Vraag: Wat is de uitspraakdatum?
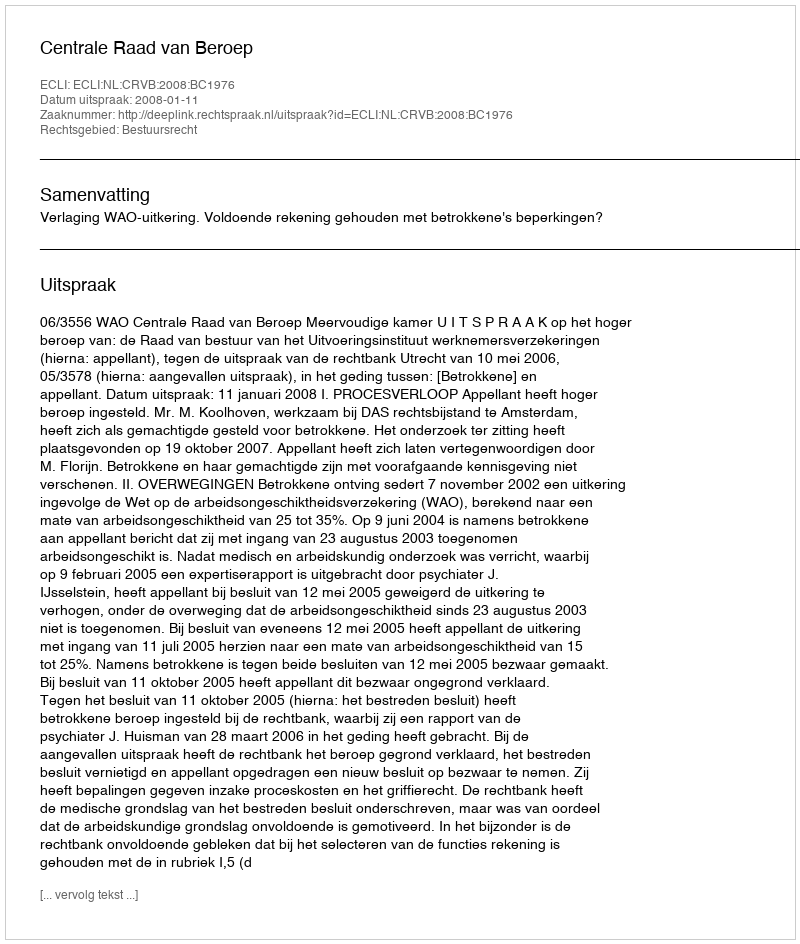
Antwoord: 2008-01-11